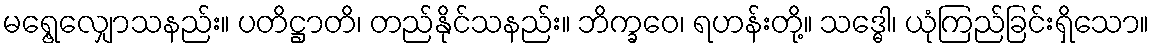
မရွေ့လျှောသနည်း။ ပတိဋ္ဌာတိ၊ တည်နိုင်သနည်း။ ဘိက္ခဝေ၊ ရဟန်းတို့။ သဒ္ဓေါ၊ ယုံကြည်ခြင်းရှိသော။